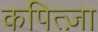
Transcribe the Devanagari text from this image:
कपित्ज़ा